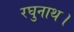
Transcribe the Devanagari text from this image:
रघुनाथ।